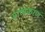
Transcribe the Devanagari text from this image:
वाष्पकरण